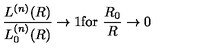
\frac { L ^ { ( n ) } ( R ) } { L _ { 0 } ^ { ( n ) } ( R ) } \rightarrow 1 \mathrm { f o r } \ \frac { R _ { 0 } } { R } \rightarrow 0